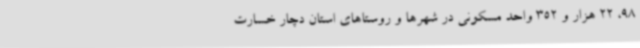
98، 22 هزار و 352 واحد مسکونی در شهرها و روستاهای استان دچار خسارت